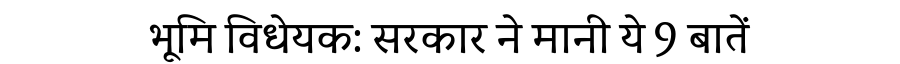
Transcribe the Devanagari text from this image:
भूमि विधेयक: सरकार ने मानी ये 9 बातें